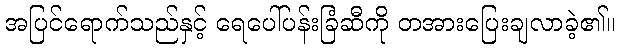
အပြင်ရောက်သည်နှင့် ရေပေါ်ပန်းခြံဆီကို တအားပြေးချလာခဲ့၏။